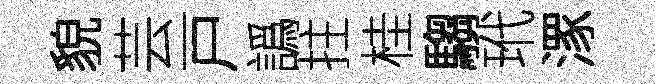
貌芸戸譌拄桂騶玳潈